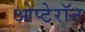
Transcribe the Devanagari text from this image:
ओप्टेरॉन